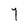
Character: Y